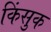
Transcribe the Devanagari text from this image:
किंसुक